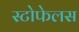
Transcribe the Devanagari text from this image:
स्टोफेलस